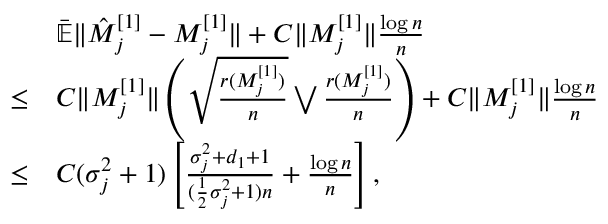
\begin{array} { r l } & { \bar { \mathbb { E } } \| \hat { M } _ { j } ^ { [ 1 ] } - M _ { j } ^ { [ 1 ] } \| + C \| M _ { j } ^ { [ 1 ] } \| \frac { \log n } { n } } \\ { \le } & { C \| M _ { j } ^ { [ 1 ] } \| \left( \sqrt { \frac { r ( M _ { j } ^ { [ 1 ] } ) } { n } } \bigvee \frac { r ( M _ { j } ^ { [ 1 ] } ) } { n } \right) + C \| M _ { j } ^ { [ 1 ] } \| \frac { \log n } { n } } \\ { \le } & { C ( \sigma _ { j } ^ { 2 } + 1 ) \left[ \frac { \sigma _ { j } ^ { 2 } + d _ { 1 } + 1 } { ( \frac { 1 } { 2 } \sigma _ { j } ^ { 2 } + 1 ) n } + \frac { \log n } { n } \right] , } \end{array}